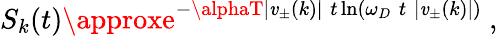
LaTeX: S_{k}(t)\approxe^{-\alphaT|\mathit{v}_{\pm}(k)|\; t\ln(\omega_{D}\; t\; |\mathit{v}_{\pm}(k)|)}~,